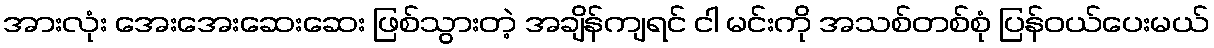
အားလုံး အေးအေးဆေးဆေး ဖြစ်သွားတဲ့ အချိန်ကျရင် ငါ မင်းကို အသစ်တစ်စုံ ပြန်ဝယ်ပေးမယ်